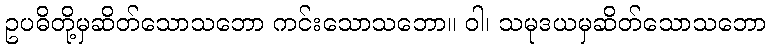
ဥပဓိတို့မှဆိတ်သောသဘော ကင်းသောသဘော။ ဝါ၊ သမုဒယမှဆိတ်သောသဘော